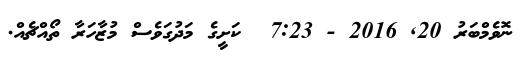
ނޮވެމްބަރު 20